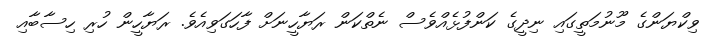
ވިކްޔަންގެ މޫނުމަތީގައި ނިދީގެ ކަންފުޅެއްވެސް ނެތްކަން ރަޔާހީނަށް ފާހަގަވިއެވެ. ރަޔާހީން ހުރި ހިސާބާއި